Report on the working of the mental hospitals for Indians in Bihar and Orissa - 1925-1929
Year: 1925
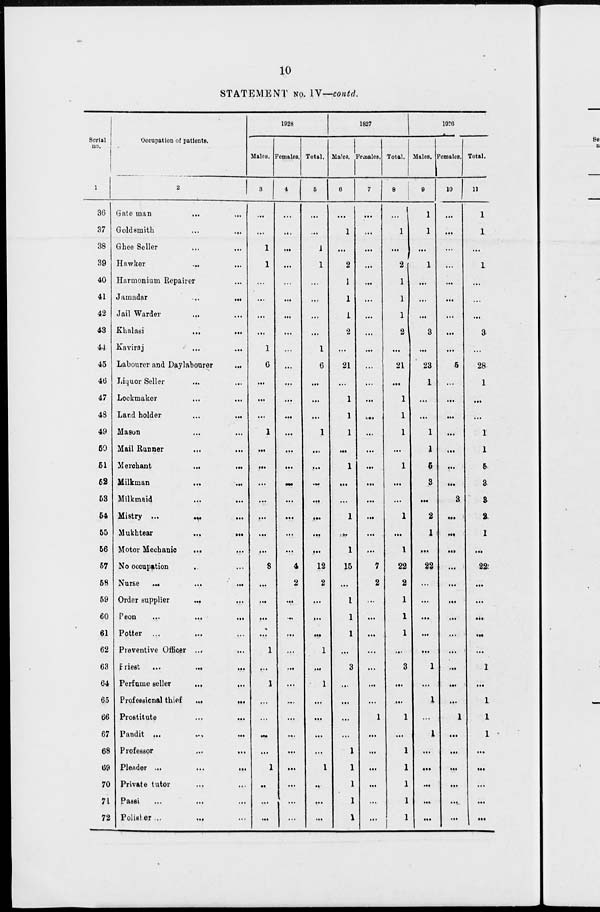
10
STATEMENT No. IV—contd.
Serial
no.
1
36
37
38
39
40
41
42
43
44
45
46
47
48
49
50
51
52
53
54
55
56
57
58
59
60
61
62
63
64
65
66
67
68
69
70
71
72
Occupation of patients.
2
Gate man
... ...
Goldsmith ... ...
Ghee Seller ... ...
Hawker
...
...
Harmonium Repairer ...
Jamadar
...
...
Jail Warder ... ...
Khalasi
...
...
Kaviraj ... ...
Labourer and Daylabourer
...
Liquor Seller ... ...
Lockmaker ... ...
Lard holder
...
...
Mason ... ...
Mail Runner ... ...
Merchant ... ...
Milkman
...
...
Milkmaid
...
...
Mistry ...
... ...
Mukhtear ... ...
Motor Mechanic
... ...
No occupation ... ...
Nurse
...
...
...
Order supplier ... ...
Peon
...
...
...
Potter ... ... ...
Preventive Officer ... ...
Priest
...
...
...
Perfume seller ... ...
Professional thief
...
...
Prostitute
...
...
Pandit
...
...
...
Professor ... ...
Pleader ...
...
...
Private tutor ... ...
Passi
...
...
...
Polister ... ... ...
1928
Males.
3
...
...
1
1
...
...
...
...
1
6
...
...
...
1
...
...
...
...
...
...
...
8
...
...
...
...
1
...
1
...
...
...
...
1
...
...
...
Females.
4
...
...
...
...
...
...
...
...
...
...
...
...
...
...
...
...
...
...
...
...
...
4
2
...
...
...
...
...
...
...
...
...
...
...
...
...
...
Total.
5
...
...
1
1
...
...
...
...
1
6
...
...
...
1
...
...
...
...
...
...
...
12
2
...
...
...
1
...
1
...
...
...
...
1
...
...
...
1927
Males.
6
...
1
...
2
i
1
i
2
...
21
...
1
1
1
...
1
...
...
1
...
1
15
...
1
1
1
...
3
...
...
...
...
1
1
1
1
1
Females.
7
...
...
...
...
...
...
...
...
...
...
...
...
...
...
...
...
...
...
...
...
...
7
2
...
...
...
...
...
...
...
1
...
...
...
...
...
...
Total.
8
...
1
...
2
1
1
1
2
...
21
...
1
1
1
...
1
...
...
1
...
1
22
2
1
1
1
...
3
...
...
1
...
1
1
1
1
1
1926
Males.
9
1
1
...
1
...
...
...
3
...
23
1
...
...
1
1
5
3
...
2
1
...
22
...
...
...
...
...
1
...
1
...
1
...
...
...
...
...
Females.
10
...
...
...
...
...
...
...
...
...
5
...
...
...
...
...
...
...
3
...
...
...
...
...
...
...
...
...
...
...
...
1
...
...
...
...
...
...
Total.
11
1
1
...
1
...
...
...
3
...
28
1
...
...
1
1
5
3
3
2
1
...
22
...
...
...
...
...
1
...
1
1
1
...
...
...
...
...